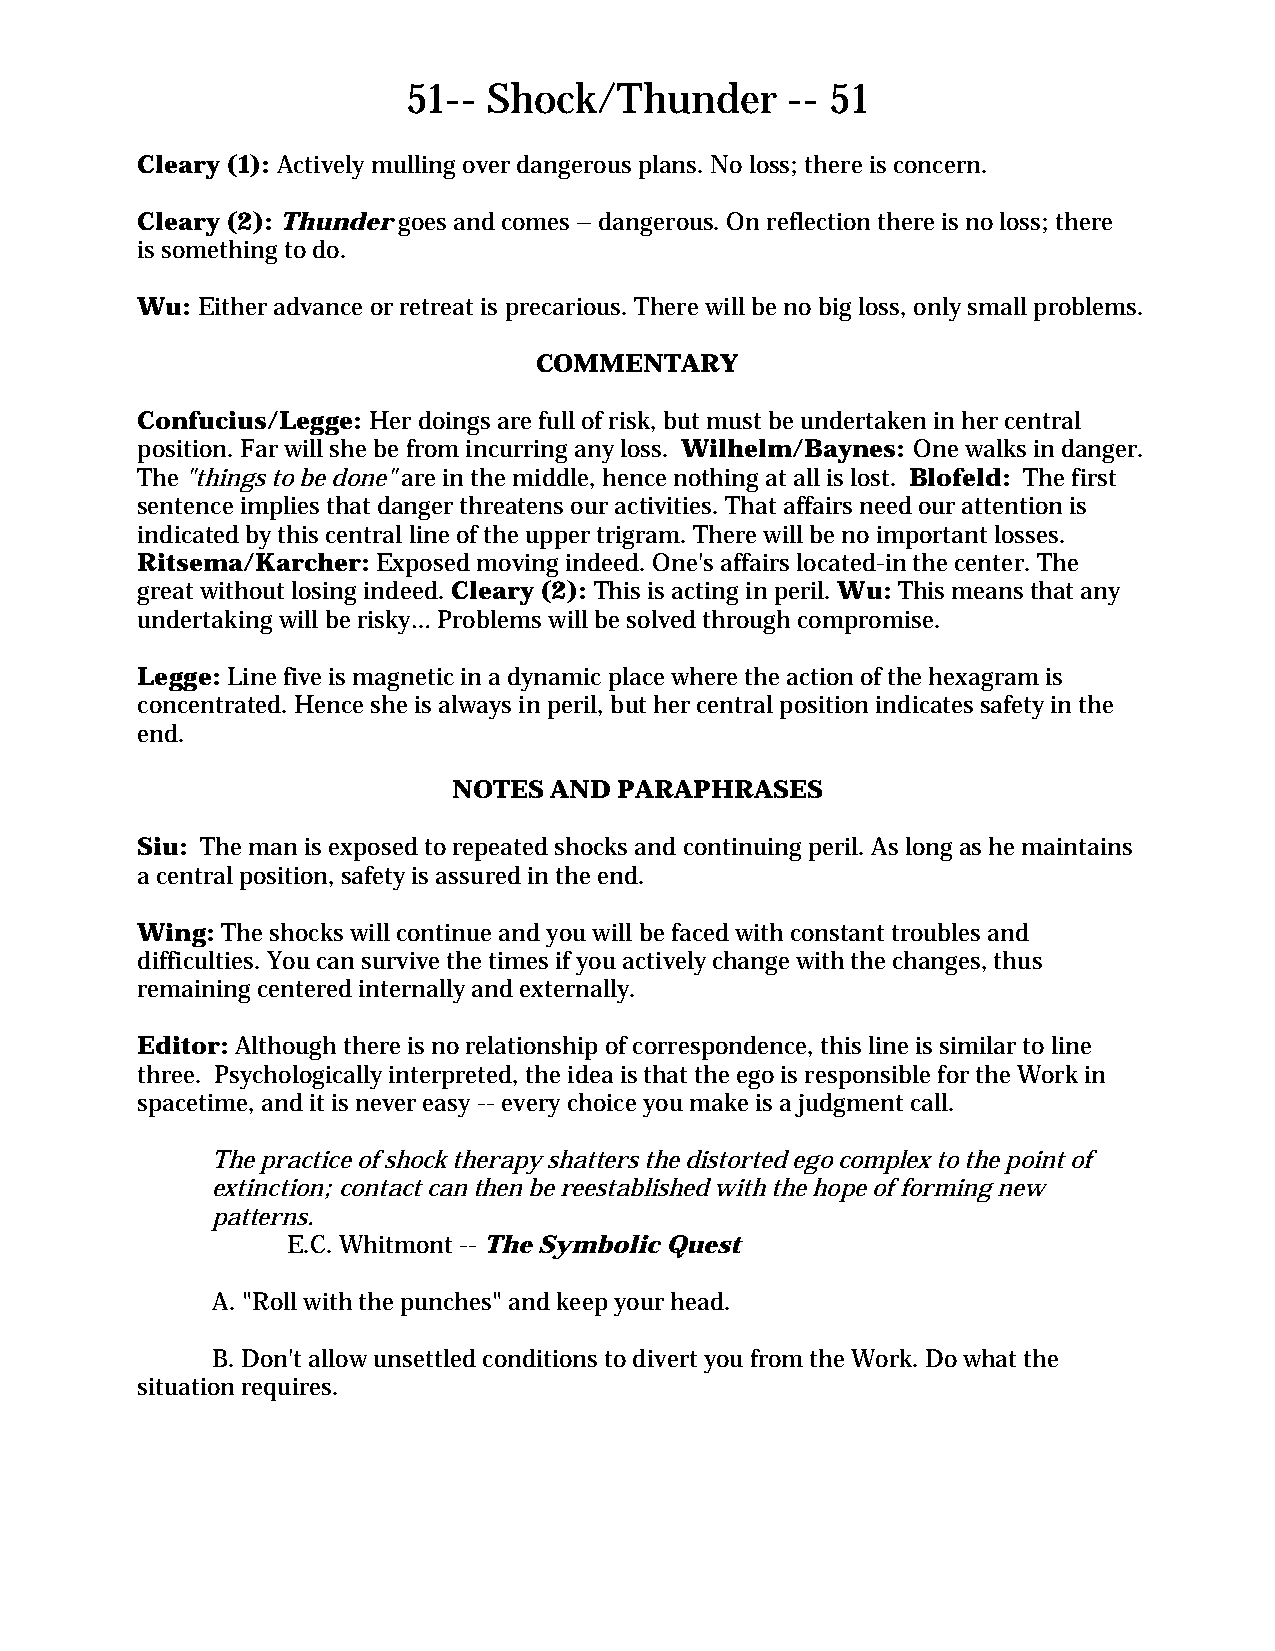
51-- Shock/Thunder       -- 51
 Cleary (1): Actively mulling over dangerous plans. No loss; there is concern.
 Cleary (2): Thunder goes and comes – dangerous. On reflection there is no loss; there
 is something to do.
 Wu: Either advance or retreat is precarious. There will be no big loss, only small problems.
 COMMENTARY
 Confucius/Legge: Her doings are full of risk, but must be undertaken in her central
 position. Far will she be from incurring any loss. Wilhelm/Baynes: One walks in danger.
 The "things to be done" are in the middle, hence nothing at all is lost. Blofeld: The first
 sentence implies that danger threatens our activities. That affairs need our attention is
 indicated by this central line of the upper trigram. There will be no important losses.
 Ritsema/Karcher: Exposed moving indeed. One's affairs located-in the center. The
 great without losing indeed. Cleary (2): This is acting in peril. Wu: This means that any
 undertaking will be risky… Problems will be solved through compromise.
 Legge: Line five is magnetic in a dynamic place where the action of the hexagram is
 concentrated. Hence she is always in peril, but her central position indicates safety in the
 end.
 NOTES AND  PARAPHRASES
 Siu: The man is exposed to repeated shocks and continuing peril. As long as he maintains
 a central position, safety is assured in the end.
 Wing: The shocks will continue and you will be faced with constant troubles and
 difficulties. You can survive the times if you actively change with the changes, thus
 remaining centered internally and externally.
 Editor: Although there is no relationship of correspondence, this line is similar to line
 three. Psychologically interpreted, the idea is that the ego is responsible for the Work in
 spacetime, and it is never easy -- every choice you make is a judgment call.
 The practice of shock therapy shatters the distorted ego complex to the point of
 extinction; contact can then be reestablished with the hope of forming new
 patterns.
 E.C. Whitmont -- The Symbolic Quest
 A. "Roll with the punches" and keep your head.
 B. Don't allow unsettled conditions to divert you from the Work. Do what the
 situation requires.